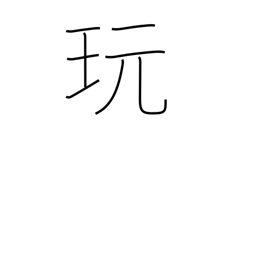
Meaning: play